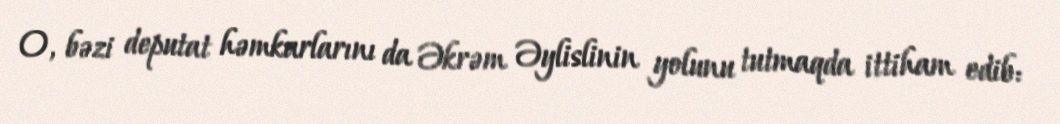
O, bəzi deputat həmkarlarını da Əkrəm Əylislinin yolunu tutmaqda ittiham edib: